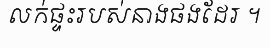
លក់ផ្ទះរបស់នាងផងដែរ ។